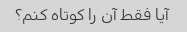
آیا فقط آن را کوتاه کنم؟